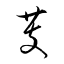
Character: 芰